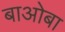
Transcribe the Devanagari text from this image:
बाओबा